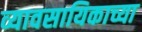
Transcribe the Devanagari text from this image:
व्यावसायिकाच्या